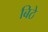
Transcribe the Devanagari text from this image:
बिठे